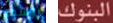
روسكو البنوك